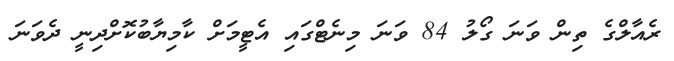
ރެއާލްގެ ތިން ވަނަ ގޯލު 84 ވަނަ މިނެޓްގައި އެޓީމަށް ކާމިޔާބުކޮށްދިނީ ދެވަނަ